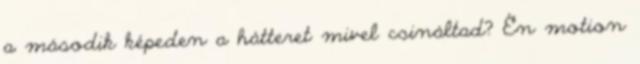
a második képeden a hátteret mivel csináltad? Én motion